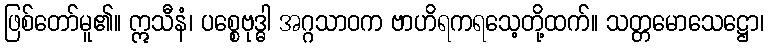
ဖြစ်တော်မူ၏။ ဣသီနံ၊ ပစ္စေဗုဒ္ဓါ အဂ္ဂသာဝက ဗာဟိရကရသေ့တို့ထက်။ သတ္တမောသေဋ္ဌော၊